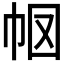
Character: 𭘗